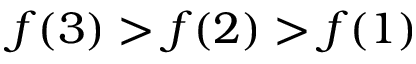
f ( 3 ) > f ( 2 ) > f ( 1 )